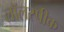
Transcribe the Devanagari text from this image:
लॉलस्पीक